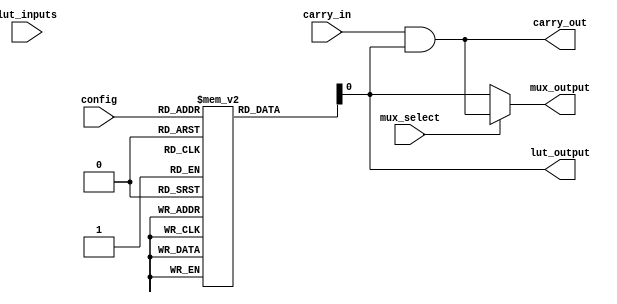
module CLB (
    input  wire [3:0]  lut_inputs,    // 4-bit input for LUT
    input  wire        mux_select,     // Control signal for multiplexer
    input  wire        carry_in,       // Input for carry logic
    input  wire [3:0]  config,         // Configuration bits for the LUT
    output wire        lut_output,     // Output from LUT
    output wire        mux_output,     // Output from multiplexer
    output wire        carry_out        // Carry output
);

// Configuration Memory (for LUT behavior)
reg [15:0] lut_memory [0:15]; // 16 configurations for 4-input LUT

// Initialize LUT memory for simplicity (to be replaced with actual configuration)
initial begin
    lut_memory[0]  = 16'b0000000000000000; // Configuration for all inputs low
    lut_memory[1]  = 16'b0000000000000001; // Configuration for input '0001'
    lut_memory[2]  = 16'b0000000000000010; // Configuration for input '0010'
    lut_memory[3]  = 16'b0000000000000100; // Configuration for input '0100'
    // More configurations can be defined as needed
end

// Implementing the Lookup Table (LUT)
always @(*) begin
    lut_output = lut_memory[config]; // Select LUT output based on configuration
end

// Multiplexer to select between LUT output and direct carry logic
assign mux_output = mux_select ? carry_out : lut_output;

// Simple carry logic (1-bit full adder)
assign carry_out = carry_in & lut_output; // Example of carry output based on the carry in

endmodule